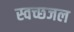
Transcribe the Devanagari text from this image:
स्वच्छजल